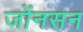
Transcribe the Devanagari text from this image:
जोंनसन